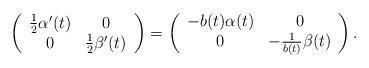
LaTeX: \begin{align*} \left( \begin{array}{cc} \frac{1}{2} \alpha'(t) & 0 \\ 0 & \frac{1}{2} \beta'(t) \\ \end{array}\right)=\left( \begin{array}{cc} -b(t)\alpha(t) & 0 \\ 0 & -\frac{1}{b(t)} \beta(t) \\ \end{array} \right).\end{align*}